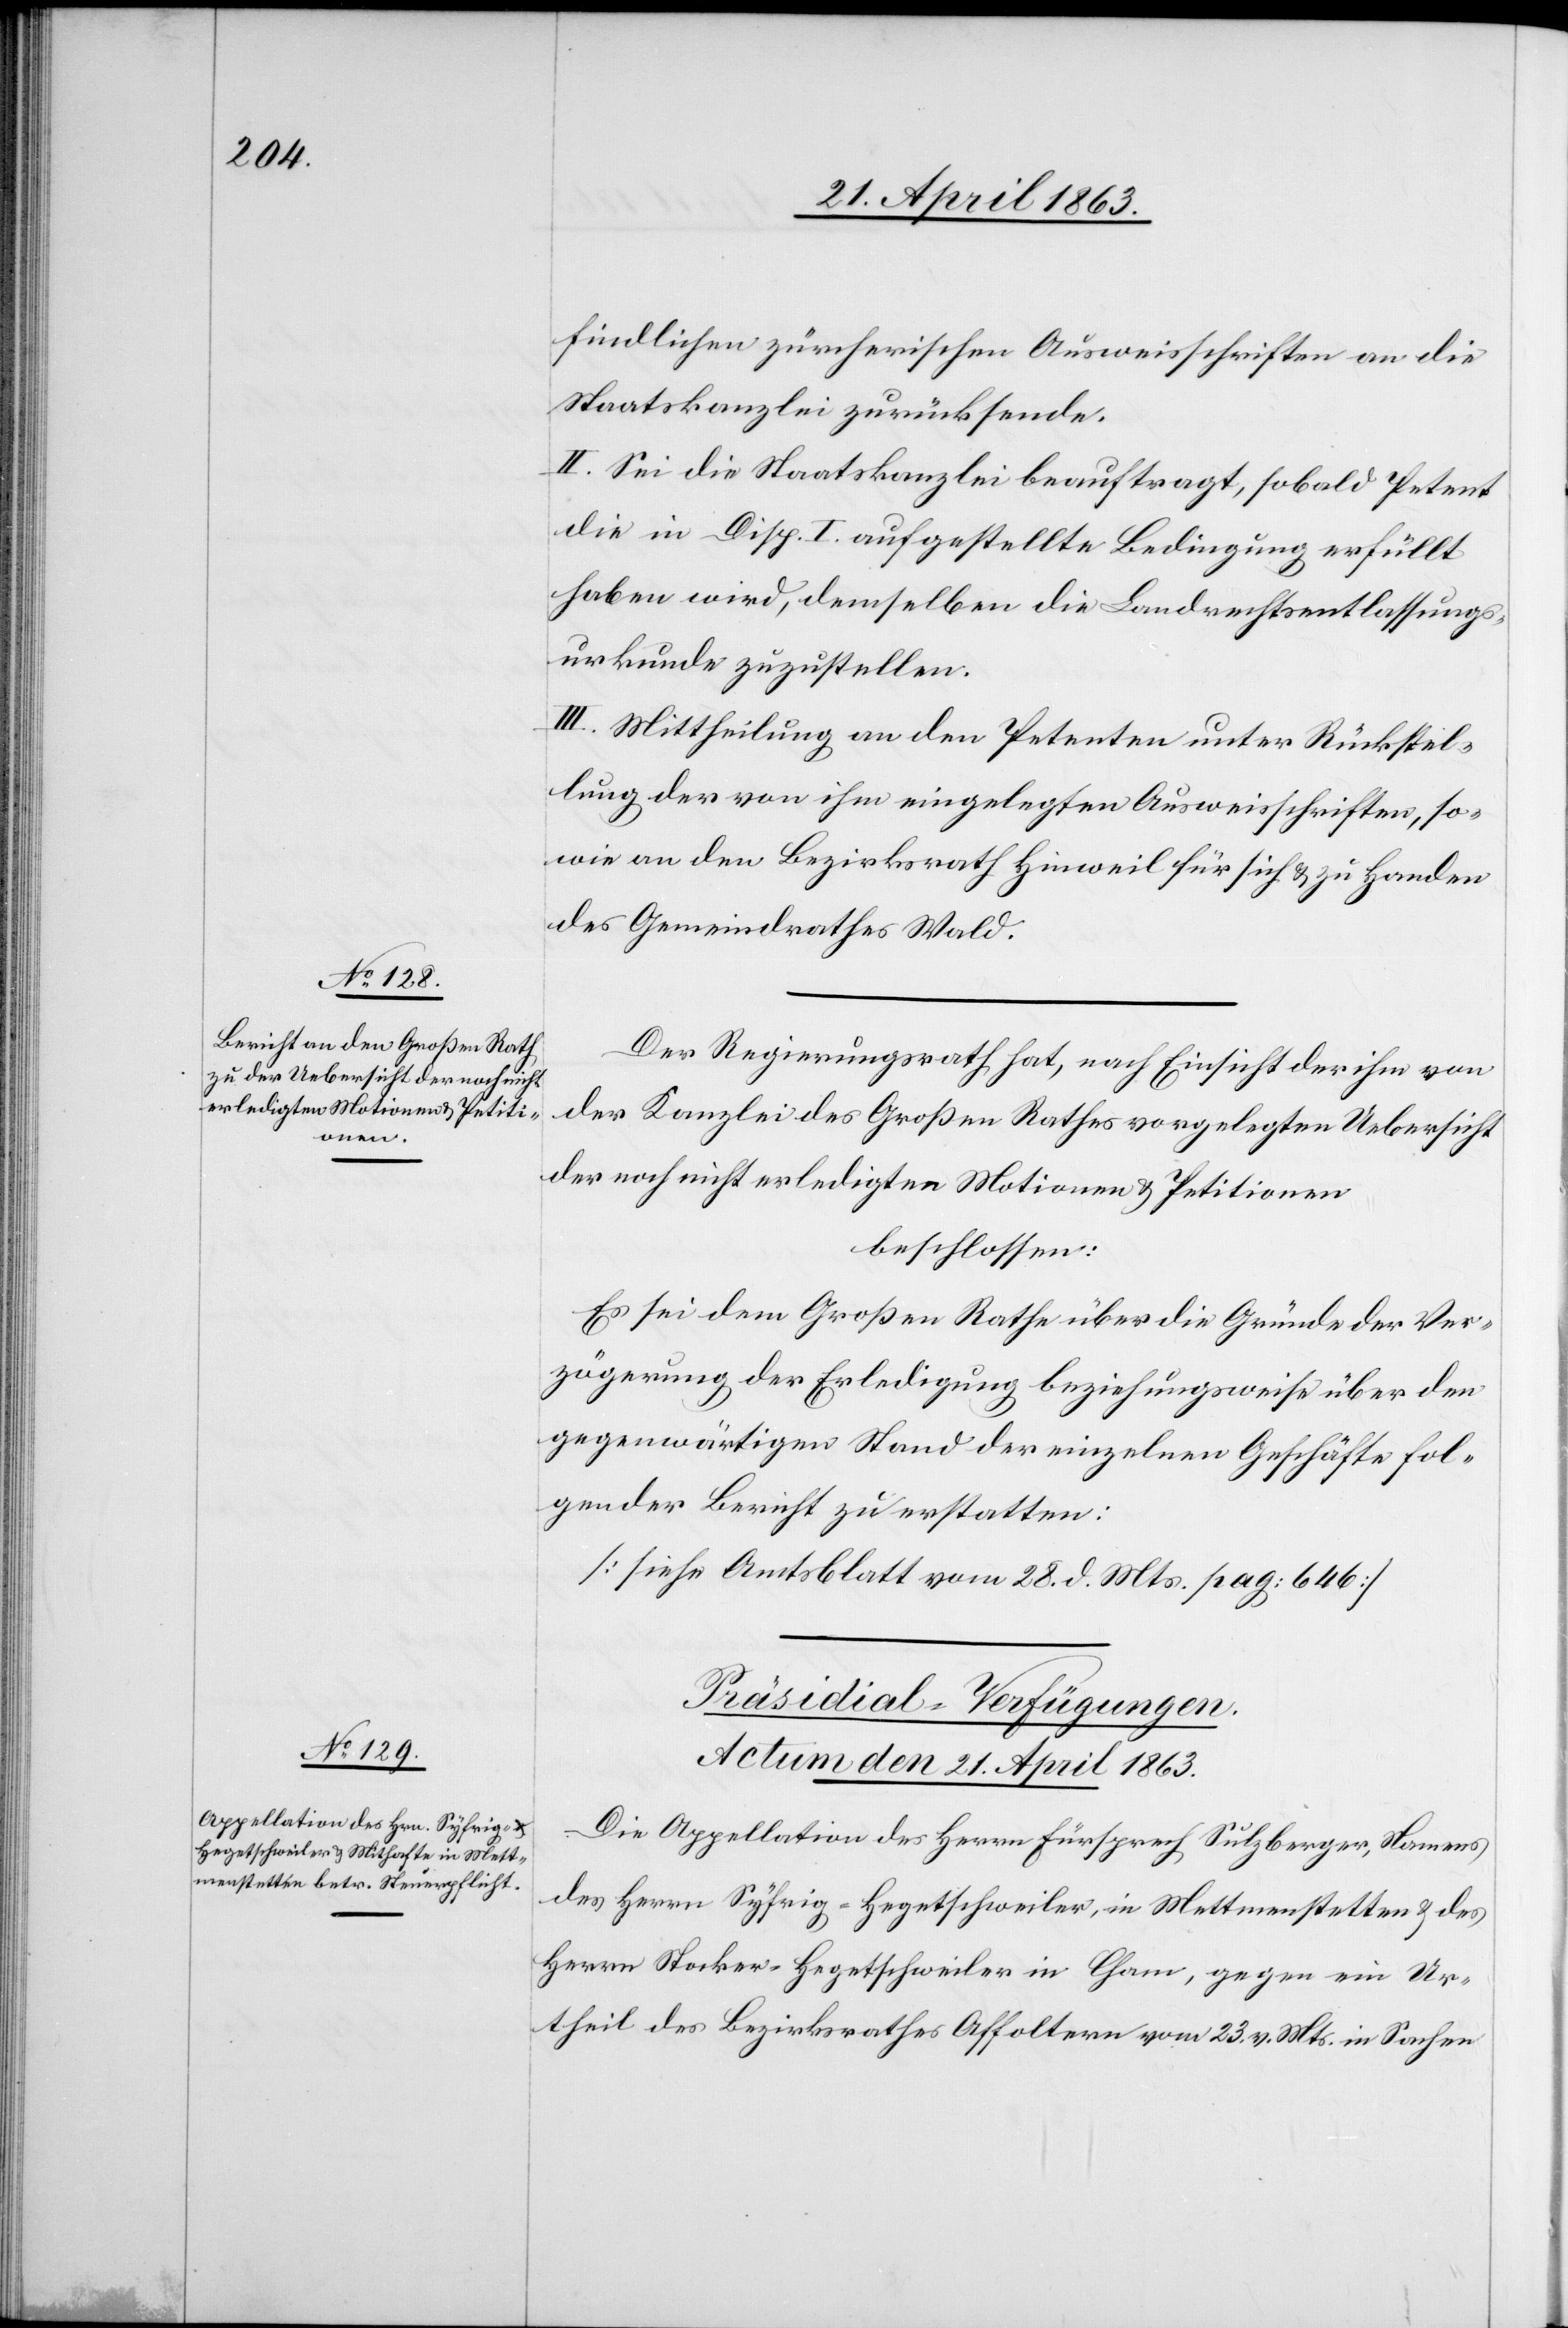
findlichen zürcherischen Ausweisschriften an die
Staatskanzlei zurücksende.
II. Sei die Staatskanzlei beauftragt, sobald Petent
die in Disp. I. aufgestellte Bedingung erfüllt
haben wird, demselben die Landrechtsentlassungs¬
urkunde zuzustellen.
III. Mittheilung an den Petenten unter Rückstel¬
lung der von ihm eingelegten Ausweisschriften, so¬
wie an den Bezirksrath Hinweil für sich & zu Handen
des Gemeindrathes Wald.
Der Regierungsrath hat, nach Einsicht eines der ihm von
der Kanzlei des Großen Rathes vorgelegten Uebersicht
der noch nicht erledigten Motionen & Petitionen
beschlossen:
Es sei dem Großen Rathe über die Gründe der Ver¬
zögerung der Erledigung beziehungsweise über den
gegenwärtigen Stand der einzelnen Geschäfte fol¬
gender Bericht zu erstatten:
[siehe Amtsblatt vom 28. d. Mts. pag. 646]
Präsidial-Verfügungen.
Actum den 21. April 1863.
Die Appellation des Herrn Fürsprech Sulzberger, Namens
des Herrn Syfrig-Hegetschweiler, in Mettmenstetten & des
Herrn Stocker-Hegetschweiler in Cham, gegen ein Ur¬
theil des Bezirksrathes Affoltern vom 23. v. Mts. in Sachen